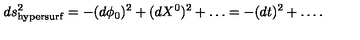
d s _ { \mathrm { h y p e r s u r f } } ^ { 2 } = - ( d \phi _ { 0 } ) ^ { 2 } + ( d X ^ { 0 } ) ^ { 2 } + \dots = - ( d t ) ^ { 2 } + \dots .